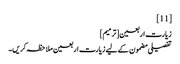
[11]
زیارت اربعین[ترمیم]
تفصیلی مضمون کے لیے زیارت اربعین ملاحظہ کریں۔